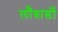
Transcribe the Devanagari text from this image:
लॉँबार्डो